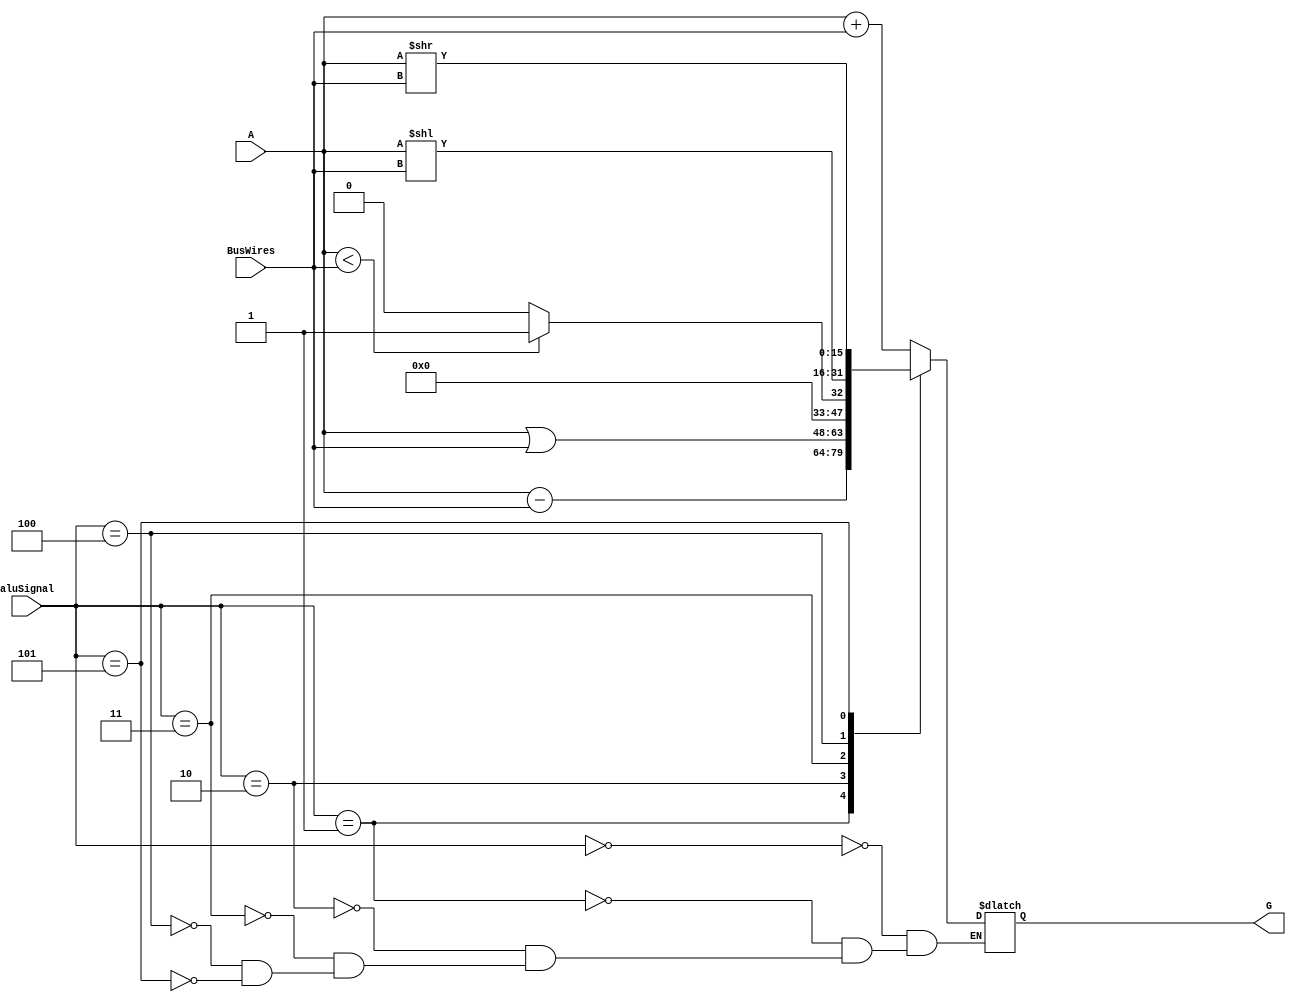
module alu (aluSignal, A,  BusWires, G);
	input [2:0] aluSignal;
	input [15:0] A, BusWires;
	output reg [15:0] G;
	
	/*
	000 = add
	001 = sub
	010 = or
	011 = slt
	100 = sll
	101 = srl
	*/
	
	always@(*)begin
		case(aluSignal)
			// Add
			3'b000: G = A + BusWires;  
			// Sub
			3'b001: G = A - BusWires;
			// Or
			3'b010: G = A | BusWires;
			// Slt
			3'b011: G = (A < BusWires) ? 1:0;
			// Sll
			3'b100: G = A << BusWires;
			// Srl
			3'b101: G = A >> BusWires;
		endcase
	end
	
endmodule